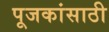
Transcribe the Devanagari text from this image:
पूजकांसाठी